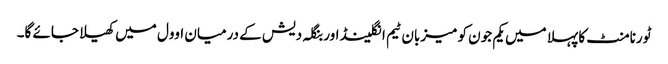
ٹورنامنٹ کا پہلا میں یکم جون کو میزبان ٹیم انگلینڈ اور بنگلہ دیش کے درمیان اوول میں کھیلا جائے گا۔